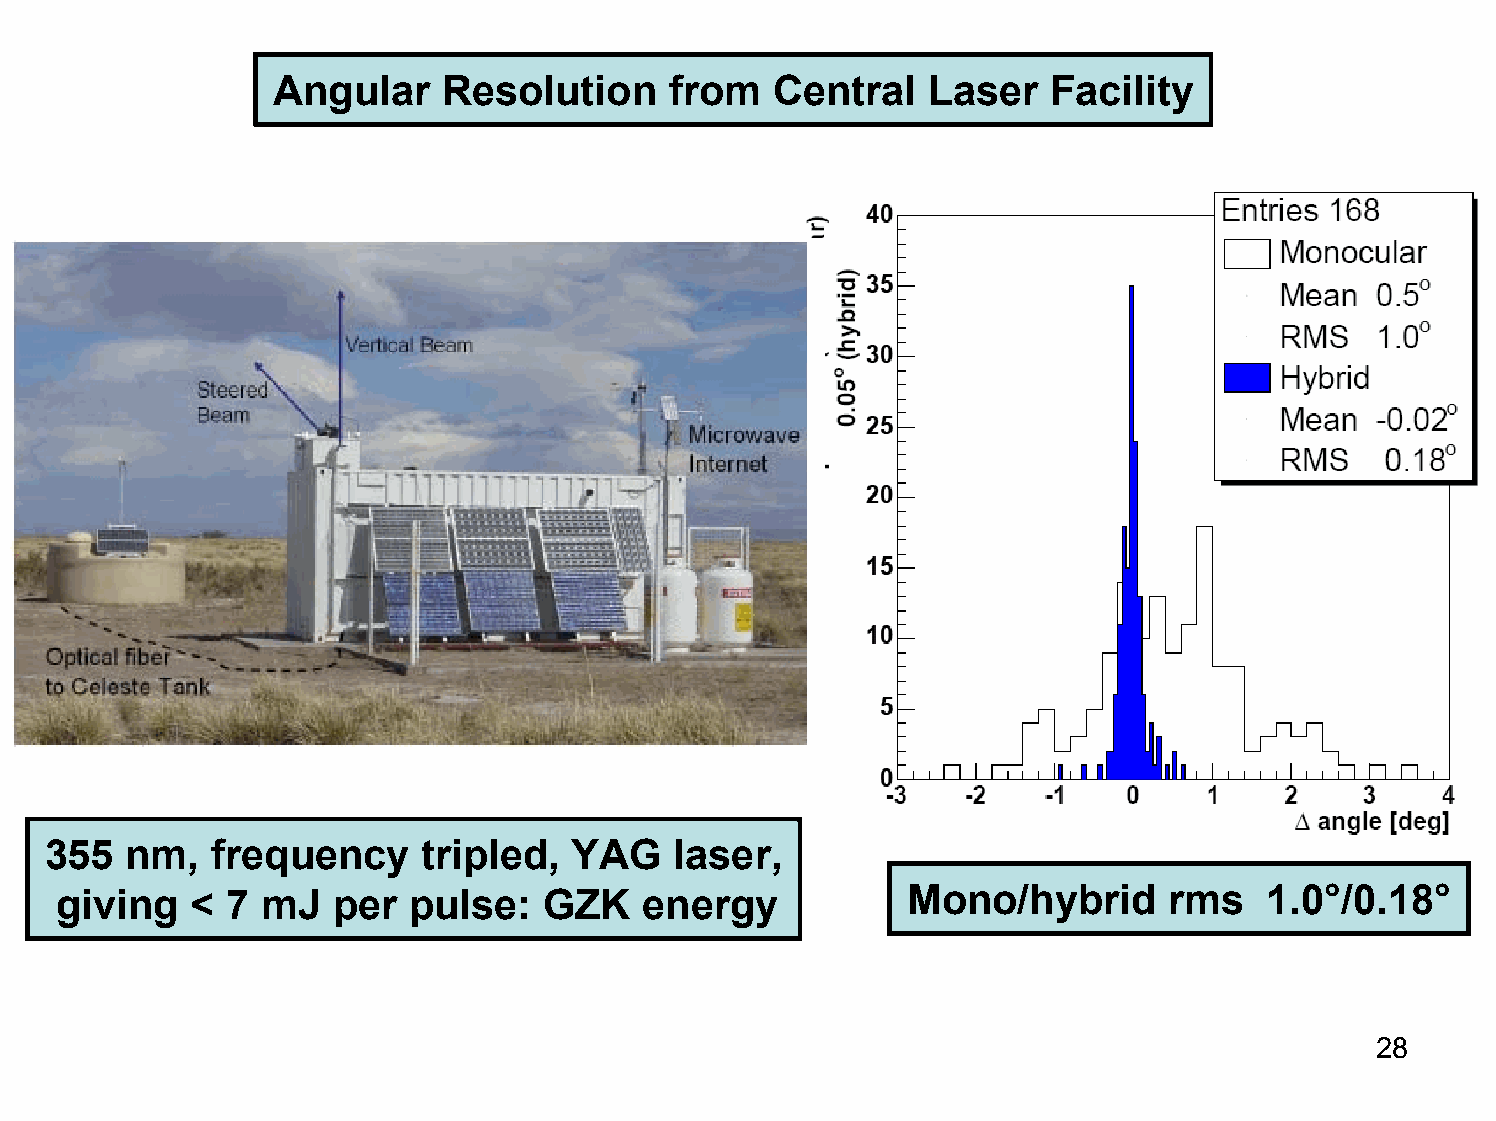
Angular    Resolution     from   Central    Laser   Facility
 355  nm,   frequency     tripled,  YAG    laser,
 giving   < 7 mJ   per  pulse:   GZK    energy           Mono/hybrid      rms    1.0°/0.18°
 28